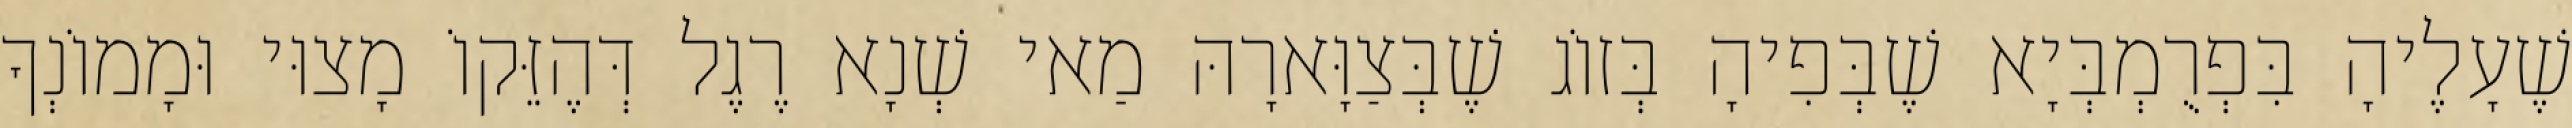
שֶׁעָלֶיהָ בִּפְרֻמְבְּיָא שֶׁבְּפִיהָ בְּזוֹג שֶׁבְּצַוָּארָהּ מַאי שְׁנָא רֶגֶל דְּהֶזֵּקוֹ מָצוּי וּמָמוֹנְךָ